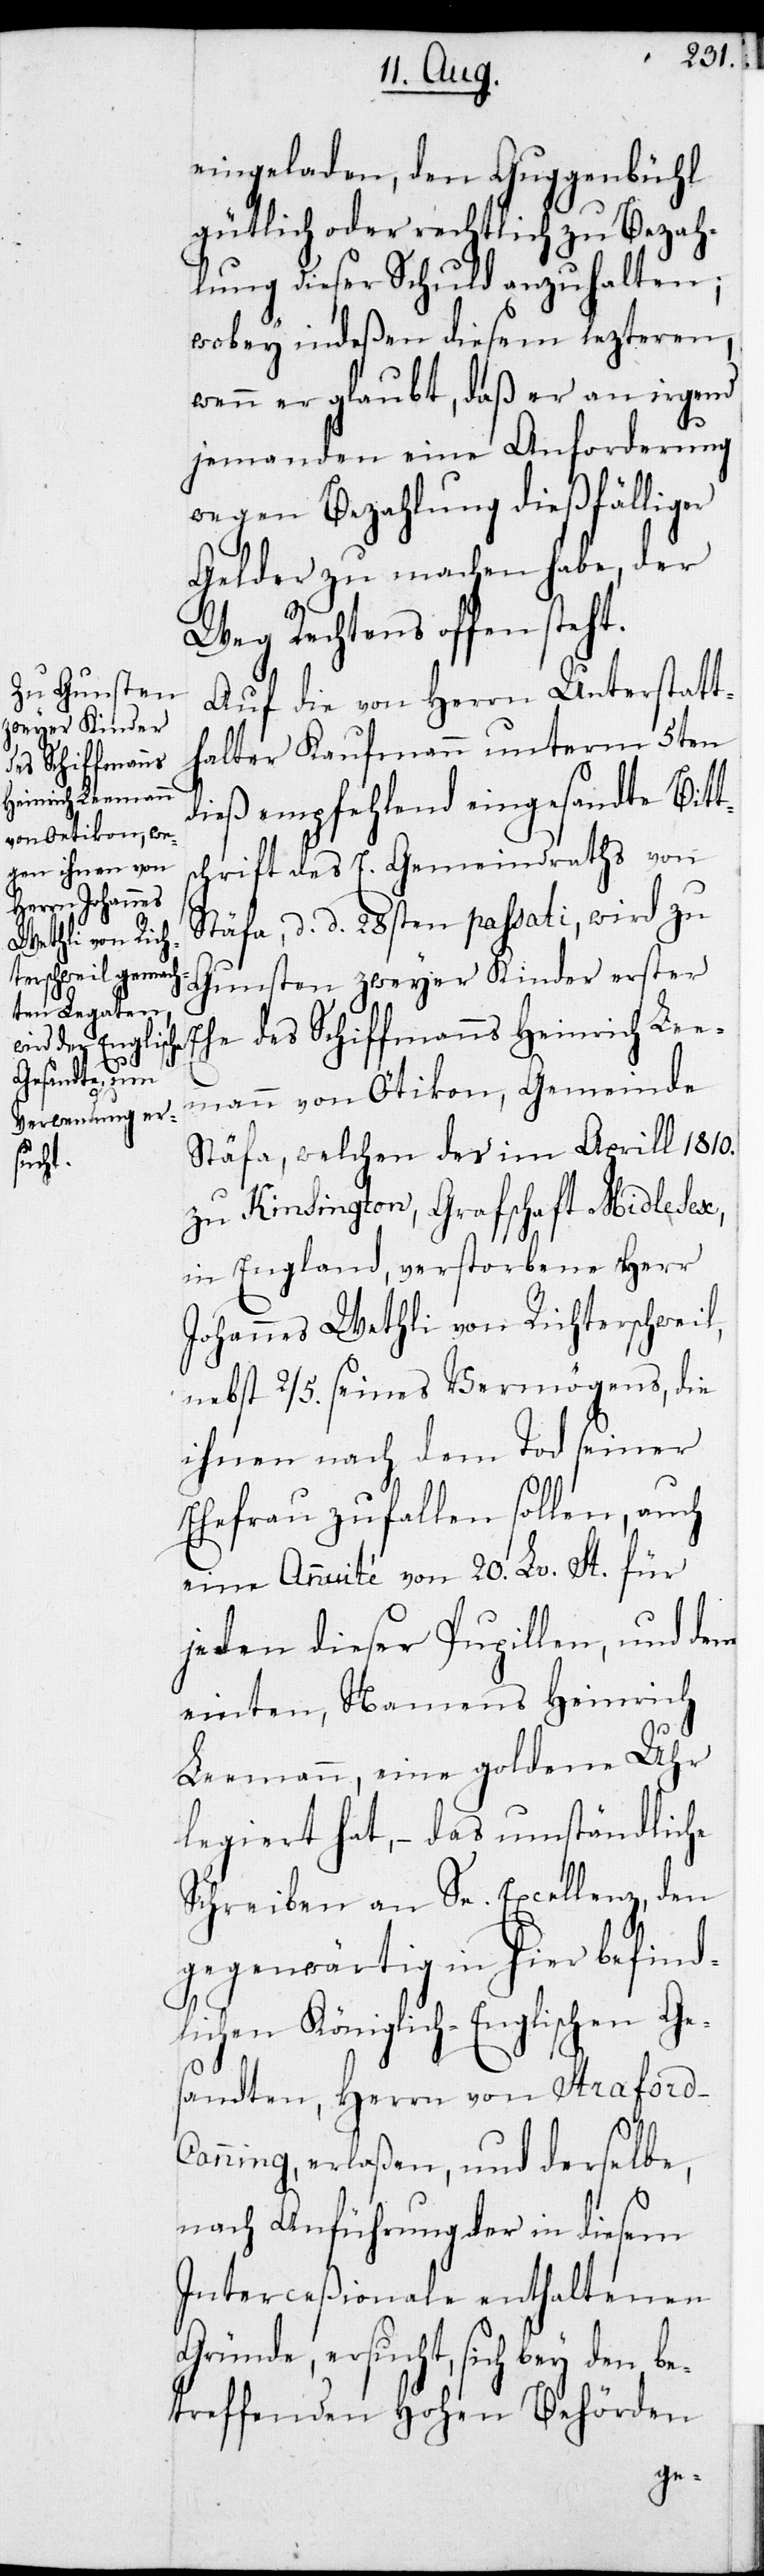
eingeladen, den Guggenbühl
gütlich oder rechtlich zu Bezah¬
lung dieser Schuld anzuhalten;
wobey indeßen diesem lezteren,
wenn er glaubt, daß er an irgend
jemanden eine Anforderung
wegen Bezahlung dießfälliger
Gelder zu machen habe, der
Weg Rechtens offensteht.
Auf die von Herrn Unterstatt¬
halter Kaufmann unterm 5ten
dieß empfehlend eingesandte Bitt¬
schrift des E. Gemeindraths von
Stäfa, d. d. 28sten passati, wird zu
Gunsten zweyer Kinder erster
Ehe des Schiffmanns Heinrich Lee¬
mann von Ötikon, Gemeinde
Stäfa, welchen des im Aprill 1810.
zu Kinsington, Grafschaft Midlesex,
in England, verstorbene Herr
Johannes Wethli von Richterschweil,
nebst 2/5. seines Vermögens, die
ihnen nach dem Tod seiner
Ehefrau zufallen sollen, auch
eine Annuité von 20. Lv. St. für
jeden dieser Pupillen, und dem
einten, Namens Heinrich
Leemann, eine goldene Uhr
legiert hat, – das umständliche
Schreiben an Se. Excellenz, den
gegenwärtigen in hier befind¬
lichen Königlich-Englischen Ges¬
andten, Herrn von Straford-C¬
anning, erlaßen, und derselbe,
nach Anführung der in diesem
Interceßionale enthaltenen
Gründe ersucht, sich bey den be¬
treffenden Hohen Behörden